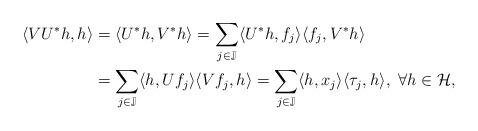
LaTeX: \begin{align*}\langle VU^*h,h \rangle& =\langle U^*h,V^*h \rangle =\sum\limits_{j\in\mathbb{J}}\langle U^*h,f_j\rangle\langle f_j,V^*h\rangle\\ &=\sum\limits_{j\in\mathbb{J}}\langle h,Uf_j\rangle\langle Vf_j,h\rangle=\sum\limits_{j\in\mathbb{J}}\langle h,x_j\rangle \langle \tau_j,h\rangle, ~\forall h \in \mathcal{H},\end{align*}